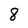
Character: 8